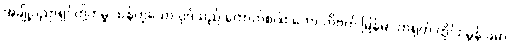
အချို့ပညာရှင်တို့ကမူ သန်ဟူသော ပုဒ်သည် ကောက်စပါး ဟော တိဗက် မြန်မာ တရုတ် ထိုင်း မွန် ခမာ